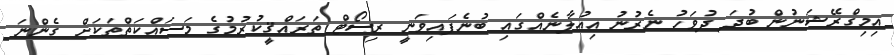
އިމިގްރޭޝަނުން ބުދަ ދުވަހު ނެރުނު އިއުލާނެއްގައި ބުނެފައިވަނީ ރިސޯޓް ތަރައްޤީކުރުމުގެ މަސައްކަތްތަކަށް ގެންނަ